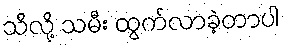
သိလို့ သမီး ထွက်လာခဲ့တာပါ